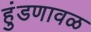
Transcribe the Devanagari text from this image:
हुंडणावळ